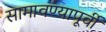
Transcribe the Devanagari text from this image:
सामावण्यापूर्वी